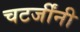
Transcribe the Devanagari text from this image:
चटर्जींनी